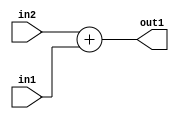
`timescale 1ps / 1ps
/*****************************************************************************
    Verilog RTL Description
    
    
    Created by: Stratus DpOpt 21.05.01 
*******************************************************************************/

module SobelFilter_Add_5Ux2U_5U_1 (
	in2,
	in1,
	out1
	); /* architecture "behavioural" */ 
input [4:0] in2;
input [1:0] in1;
output [4:0] out1;
wire [4:0] asc001;

assign asc001 = 
	+(in2)
	+(in1);

assign out1 = asc001;
endmodule

/* CADENCE  ubD4Sg0= : u9/ySxbfrwZIxEzHVQQV8Q== ** DO NOT EDIT THIS LINE ******/